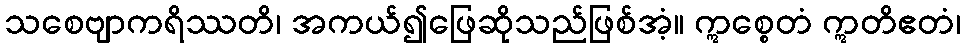
သစေဗျာကရိဿတိ၊ အကယ်၍ဖြေဆိုသည်ဖြစ်အံ့။ ဣစ္စေတံ ဣတိဧတံ၊